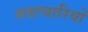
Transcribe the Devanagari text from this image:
नवाचारियों